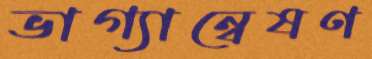
ভাগ্যান্বেষণ